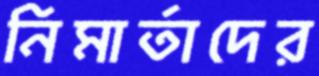
নিমার্তাদের